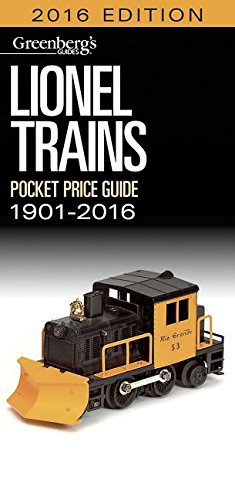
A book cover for Lionel Pocket Price Guide 1901-2016 (Greenberg's Pocket Price Guide Lionel Trains); Randy Rehberg; Crafts, Hobbies & Home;